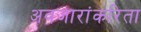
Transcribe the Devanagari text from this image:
अवजारांकरिता